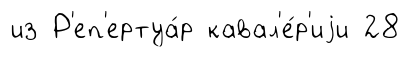
из Р'еп'ертуа́р кавал'е́р'иjи 28